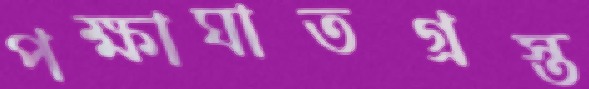
পক্ষাঘাতগ্রস্ত